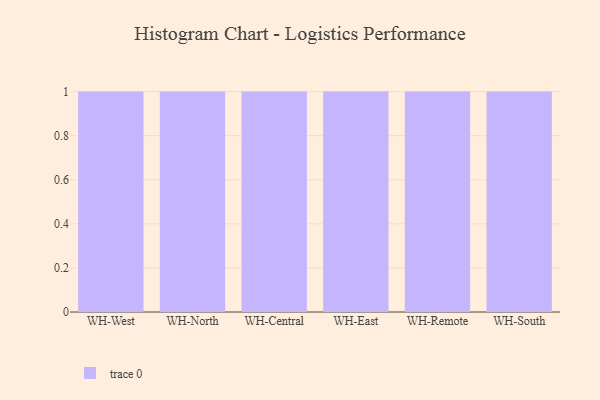
{"axis": {"x": "Warehouse", "y": "Production Output"}, "legend": [""], "data": [{"x": "WH-West", "y": 79, "type": ""}, {"x": "WH-North", "y": 22, "type": ""}, {"x": "WH-Central", "y": 10, "type": ""}, {"x": "WH-East", "y": 41, "type": ""}, {"x": "WH-Remote", "y": 78, "type": ""}, {"x": "WH-South", "y": 95, "type": ""}]}